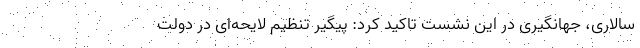
سالاری، جهانگیری در این نشست تاکید کرد: پیگیر تنظیم لایحه‌ای در دولت